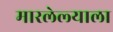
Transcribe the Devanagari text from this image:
मारलेल्‍याला